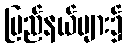
ပြည်နယ်များ၌